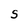
Character: S